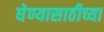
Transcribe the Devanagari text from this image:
घेण्यासाठीच्या